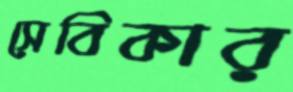
সেবিকার